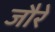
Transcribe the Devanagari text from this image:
जौरे